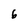
Character: 6